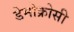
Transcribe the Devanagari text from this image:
डेमोक्रोसी